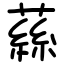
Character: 蕬